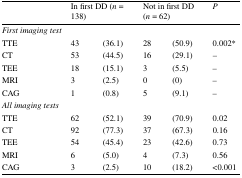
<table><thead><tr><td></td><td colspan="2"><b>In first DD (<i>n</i> = 138)</b></td><td colspan="2"><b>Not in first DD (<i>n</i> = 62)</b></td><td><b><i>P</i></b></td></tr></thead><tbody><tr><td colspan="6"><i>First imaging test</i></td></tr><tr><td>TTE</td><td>43</td><td>(36.1)</td><td>28</td><td>(50.9)</td><td>0.002*</td></tr><tr><td>CT</td><td>53</td><td>(44.5)</td><td>16</td><td>(29.1)</td><td>–</td></tr><tr><td>TEE</td><td>18</td><td>(15.1)</td><td>3</td><td>(5.5)</td><td>–</td></tr><tr><td>MRI</td><td>3</td><td>(2.5)</td><td>0</td><td>(0)</td><td>–</td></tr><tr><td>CAG</td><td>1</td><td>(0.8)</td><td>5</td><td>(9.1)</td><td>–</td></tr><tr><td colspan="6"><i>All imaging tests</i></td></tr><tr><td>TTE</td><td>62</td><td>(52.1)</td><td>39</td><td>(70.9)</td><td>0.02</td></tr><tr><td>CT</td><td>92</td><td>(77.3)</td><td>37</td><td>(67.3)</td><td>0.16</td></tr><tr><td>TEE</td><td>54</td><td>(45.4)</td><td>23</td><td>(42.6)</td><td>0.73</td></tr><tr><td>MRI</td><td>6</td><td>(5.0)</td><td>4</td><td>(7.3)</td><td>0.56</td></tr><tr><td>CAG</td><td>3</td><td>(2.5)</td><td>10</td><td>(18.2)</td><td>&lt;0.001</td></tr></tbody></table>